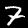
Label: 7